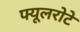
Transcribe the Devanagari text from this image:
फ्यूलरोटे